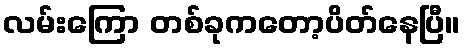
လမ်းကြော တစ်ခုကတော့ပိတ်နေပြီ။